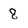
Character: 8